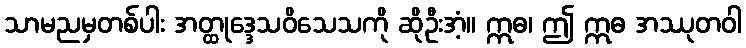
သာမညမှတစ်ပါး အတ္ထုဒ္ဒေသဝိသေသကို ဆိုဦးအံ့။ ဣဓ၊ ဤ ဣဓ အဿုတဝါ